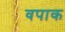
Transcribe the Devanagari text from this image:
वपाक